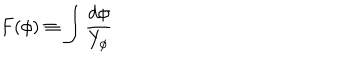
F ( \phi ) \equiv \int { \frac { d \phi } { Y _ { \phi } } }